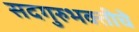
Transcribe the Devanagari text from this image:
सदगुरुभक्तीचे